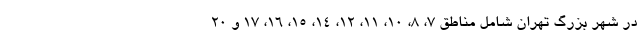
در شهر بزرگ تهران شامل مناطق ۷، ۸، ۱۰، ۱۱، ۱۲، ۱۴، ۱۵، ۱۶، ۱۷ و ۲۰